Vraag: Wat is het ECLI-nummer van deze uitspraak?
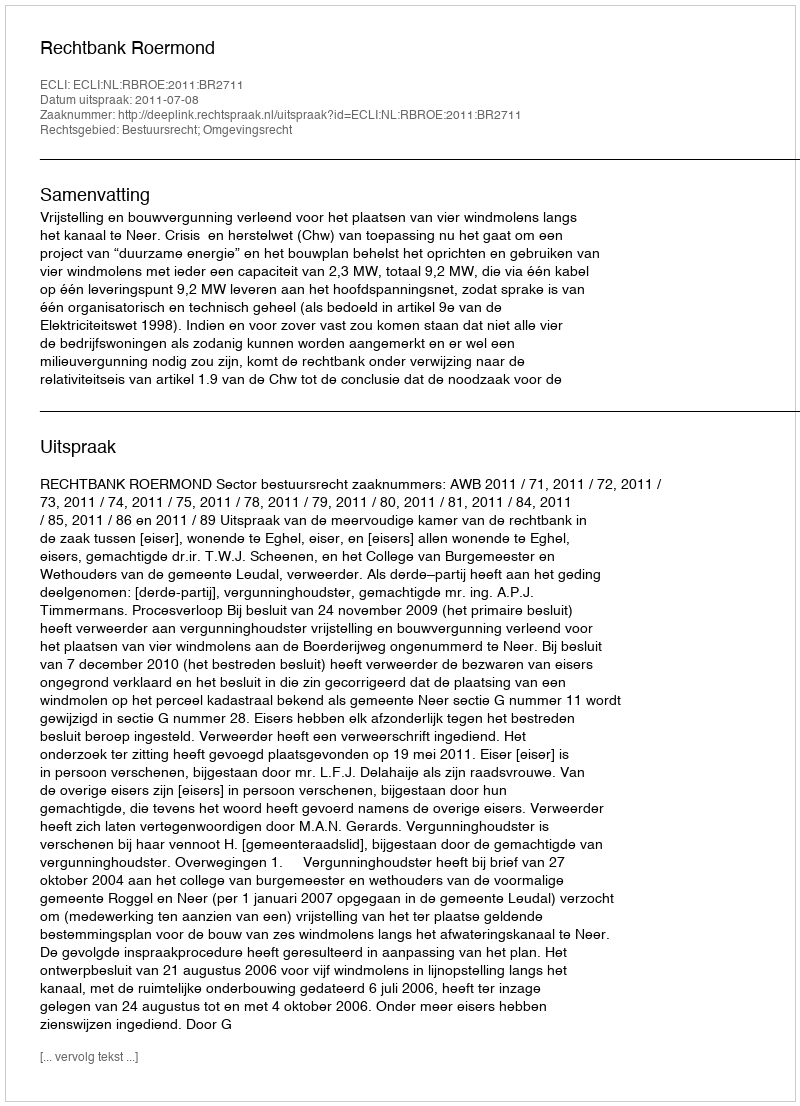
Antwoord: ECLI:NL:RBROE:2011:BR2711